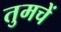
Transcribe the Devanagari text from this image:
तुमचें